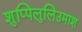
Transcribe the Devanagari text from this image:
शुप्पिलुलिउमाश